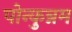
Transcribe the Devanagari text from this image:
पोन्कुन्नम